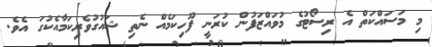
މި މަސައްކަތް އެ ރިސޯޓުގެ މުވައްޒަފުން ކުރަނީ ފޫހިކަމެއް ނެތި ޝައުގުވެރިކަމާއެކުގަ އެވެ.